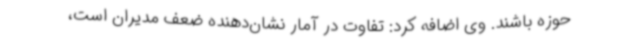
حوزه باشند. وی اضافه کرد: تفاوت در آمار نشان‌دهنده ضعف مدیران است،